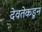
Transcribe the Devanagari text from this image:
देवतेकडून